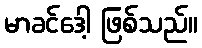
မာခင်ဒေါ့ ဖြစ်သည်။